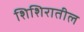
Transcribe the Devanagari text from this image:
शिशिरातील